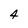
Character: 4